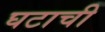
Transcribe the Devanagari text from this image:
घटाची